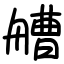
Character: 艚